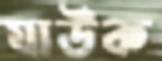
যাউক